Leaving Certificate Examination (including Day School Certificate (Higher) General paper), 1929
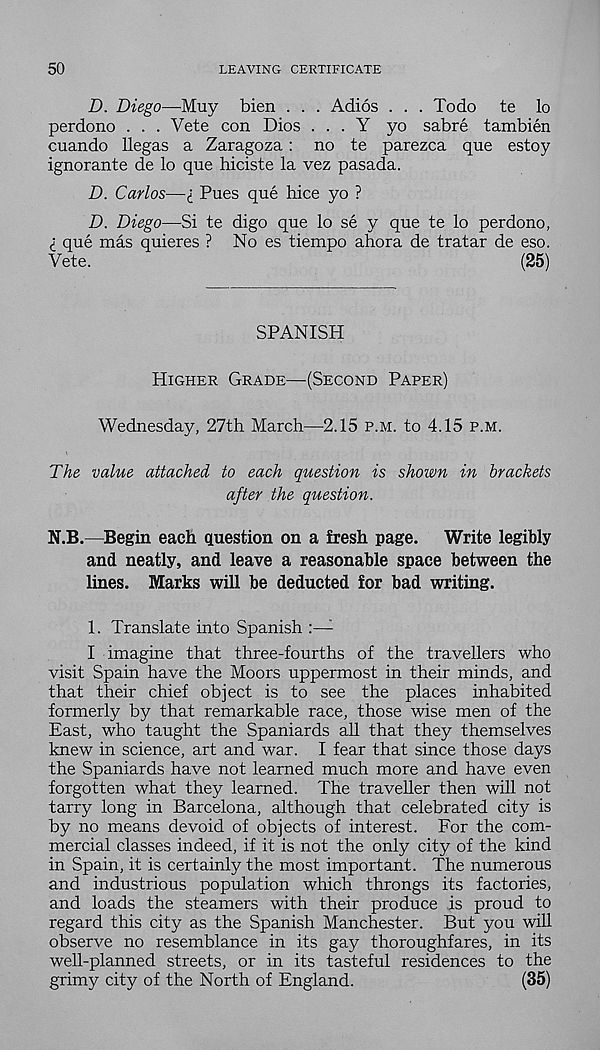
50
LEAVING CERTIFICATE
D. Diego—Muy bien . . . Adios ... To do te lo
perdono . . . Vete con Dios . . . Y yo sabre tambien
cuando llegas a Zaragoza: no te parezca que estoy
ignorante de lo que hiciste la vez pasada.
D. Carlos—I Pues que bice yo ?
D. Diego—Si te digo que lo se y que te lo perdono,
l que mas quieres ? No es tiempo ahora de tratar de eso.
Vete.
(25)
SPANISH
Higher Grade—(Second Paper)
Wednesday, 27th March—2.15 p.m. to 4.15 p.m.
The value attached to each question is shown in brackets
after the question.
N.B.—Begin each question on a fresh page.
Write legibly
and neatly, and leave a reasonable space between the
lines. Marks will be deducted for bad writing.
1. Translate into Spanish :— 1
I imagine that three-fourths of the travellers who
visit Spain have the Moors uppermost in their minds, and
that their chief object is to see the places inhabited
formerly by that remarkable race, those wise men of the
East, who taught the Spaniards all that they themselves
knew in science, art and war. I fear that since those days
the Spaniards have not learned much more and have even
forgotten what they learned. The traveller then will not
tarry long in Barcelona, although that celebrated city is
by no means devoid of objects of interest. For the com-
mercial classes indeed, if it is not the only city of the kind
in Spain, it is certainly the most important. The numerous
and industrious population which throngs its factories,
and loads the steamers with their produce is proud to
regard this city as the Spanish Manchester. But you will
observe no resemblance in its gay thoroughfares, in its
well-planned streets, or in its tasteful residences to the
grimy city of the North of England.
(35)